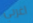
اغربي